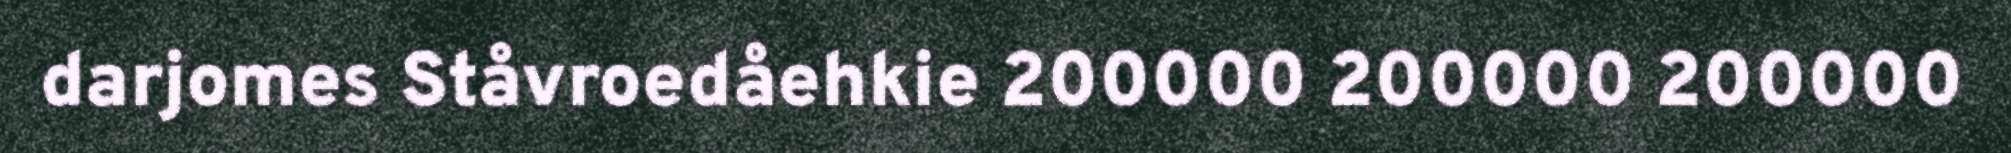
darjomes Ståvroedåehkie 200000 200000 200000